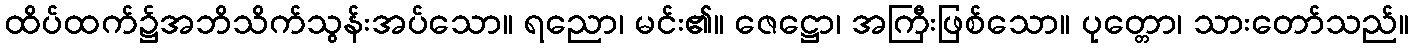
ထိပ်ထက်၌အဘိသိက်သွန်းအပ်သော။ ရညော၊ မင်း၏။ ဇေဋ္ဌော၊ အကြီးဖြစ်သော။ ပုတ္တော၊ သားတော်သည်။